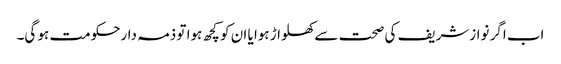
اب اگر نوازشریف کی صحت سے کھلواڑ ہوا یا ان کو کچھ ہوا تو ذمہ دارحکومت ہو گی۔